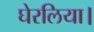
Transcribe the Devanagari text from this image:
घेरलिया।